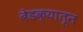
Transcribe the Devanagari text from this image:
बेडक्यातून